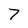
Character: 7